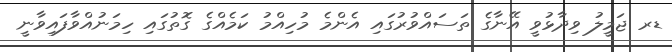
ޑރ ޖަމީލު ވިދާޅުވީ އޭނާގެ ތަސައްވުރުގައި އެންމެ މުހިއްމު ކަމެއްގެ ގޮތުގައި ހިމަނުއްވާފައިވާނީ